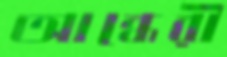
আন্ধেরী